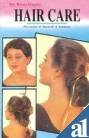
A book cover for Hair Care - Prevention of Dandruff & Baldness; Dr. Renu Gupta; Health, Fitness & Dieting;